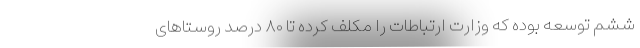
ششم توسعه بوده که وزارت ارتباطات را مکلف کرده تا ۸۰ درصد روستاهای